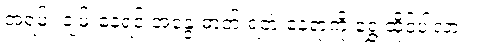
အရမ်း ချမ်းနေရင် အနွေးဓာတ် ရတဲ့ နေရာကို ရွှေ့ထိုင်ပါလား။